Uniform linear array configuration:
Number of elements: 8
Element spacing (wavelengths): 0.5
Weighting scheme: blackman
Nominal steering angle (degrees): -45
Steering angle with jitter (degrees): -43.602
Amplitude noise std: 0.05
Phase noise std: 0.05

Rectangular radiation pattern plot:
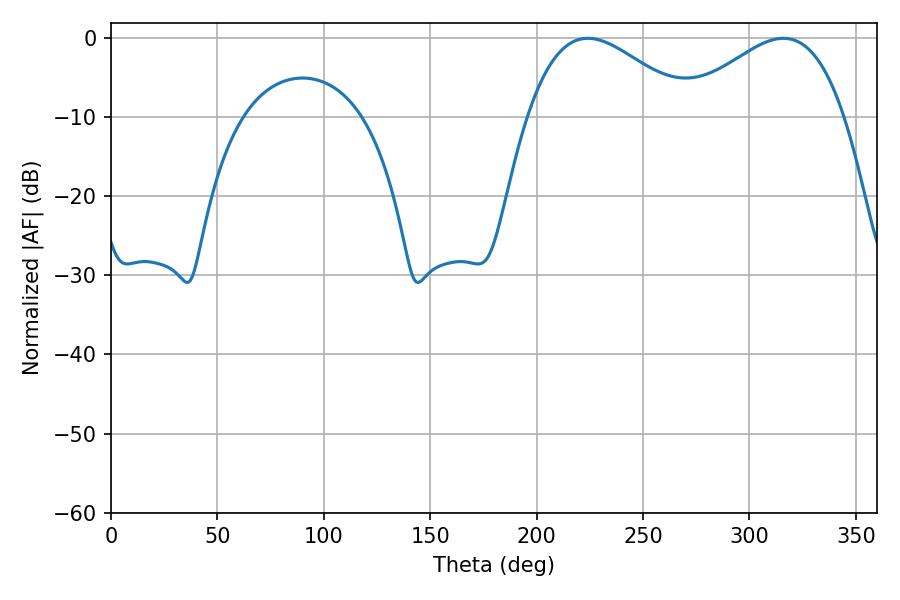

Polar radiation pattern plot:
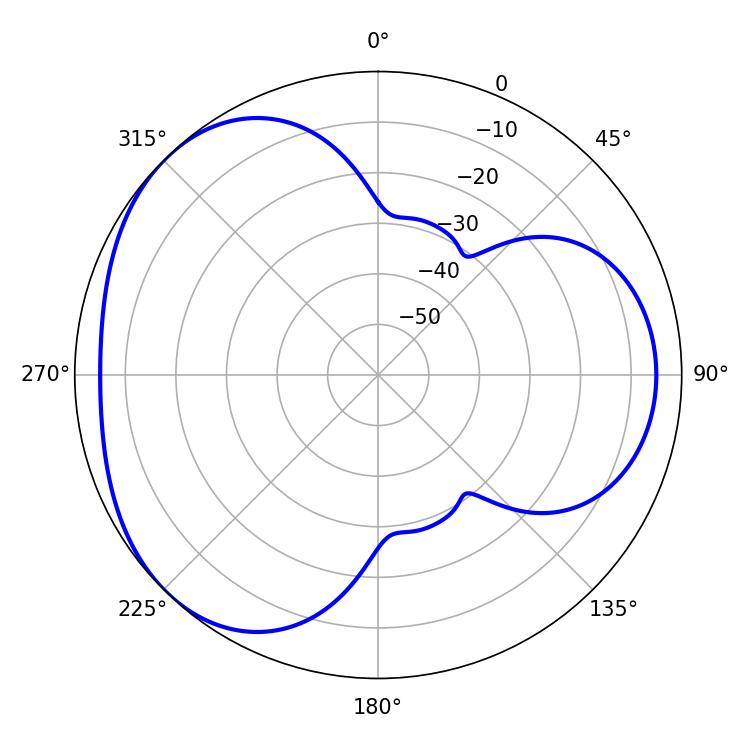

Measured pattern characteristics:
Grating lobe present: FALSE
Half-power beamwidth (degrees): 41.58
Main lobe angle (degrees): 315.9